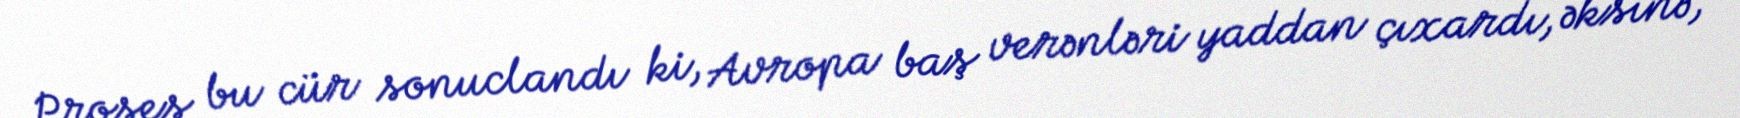
Proses bu cür sonuclandı ki, Avropa baş verənləri yaddan çıxardı, əksinə,